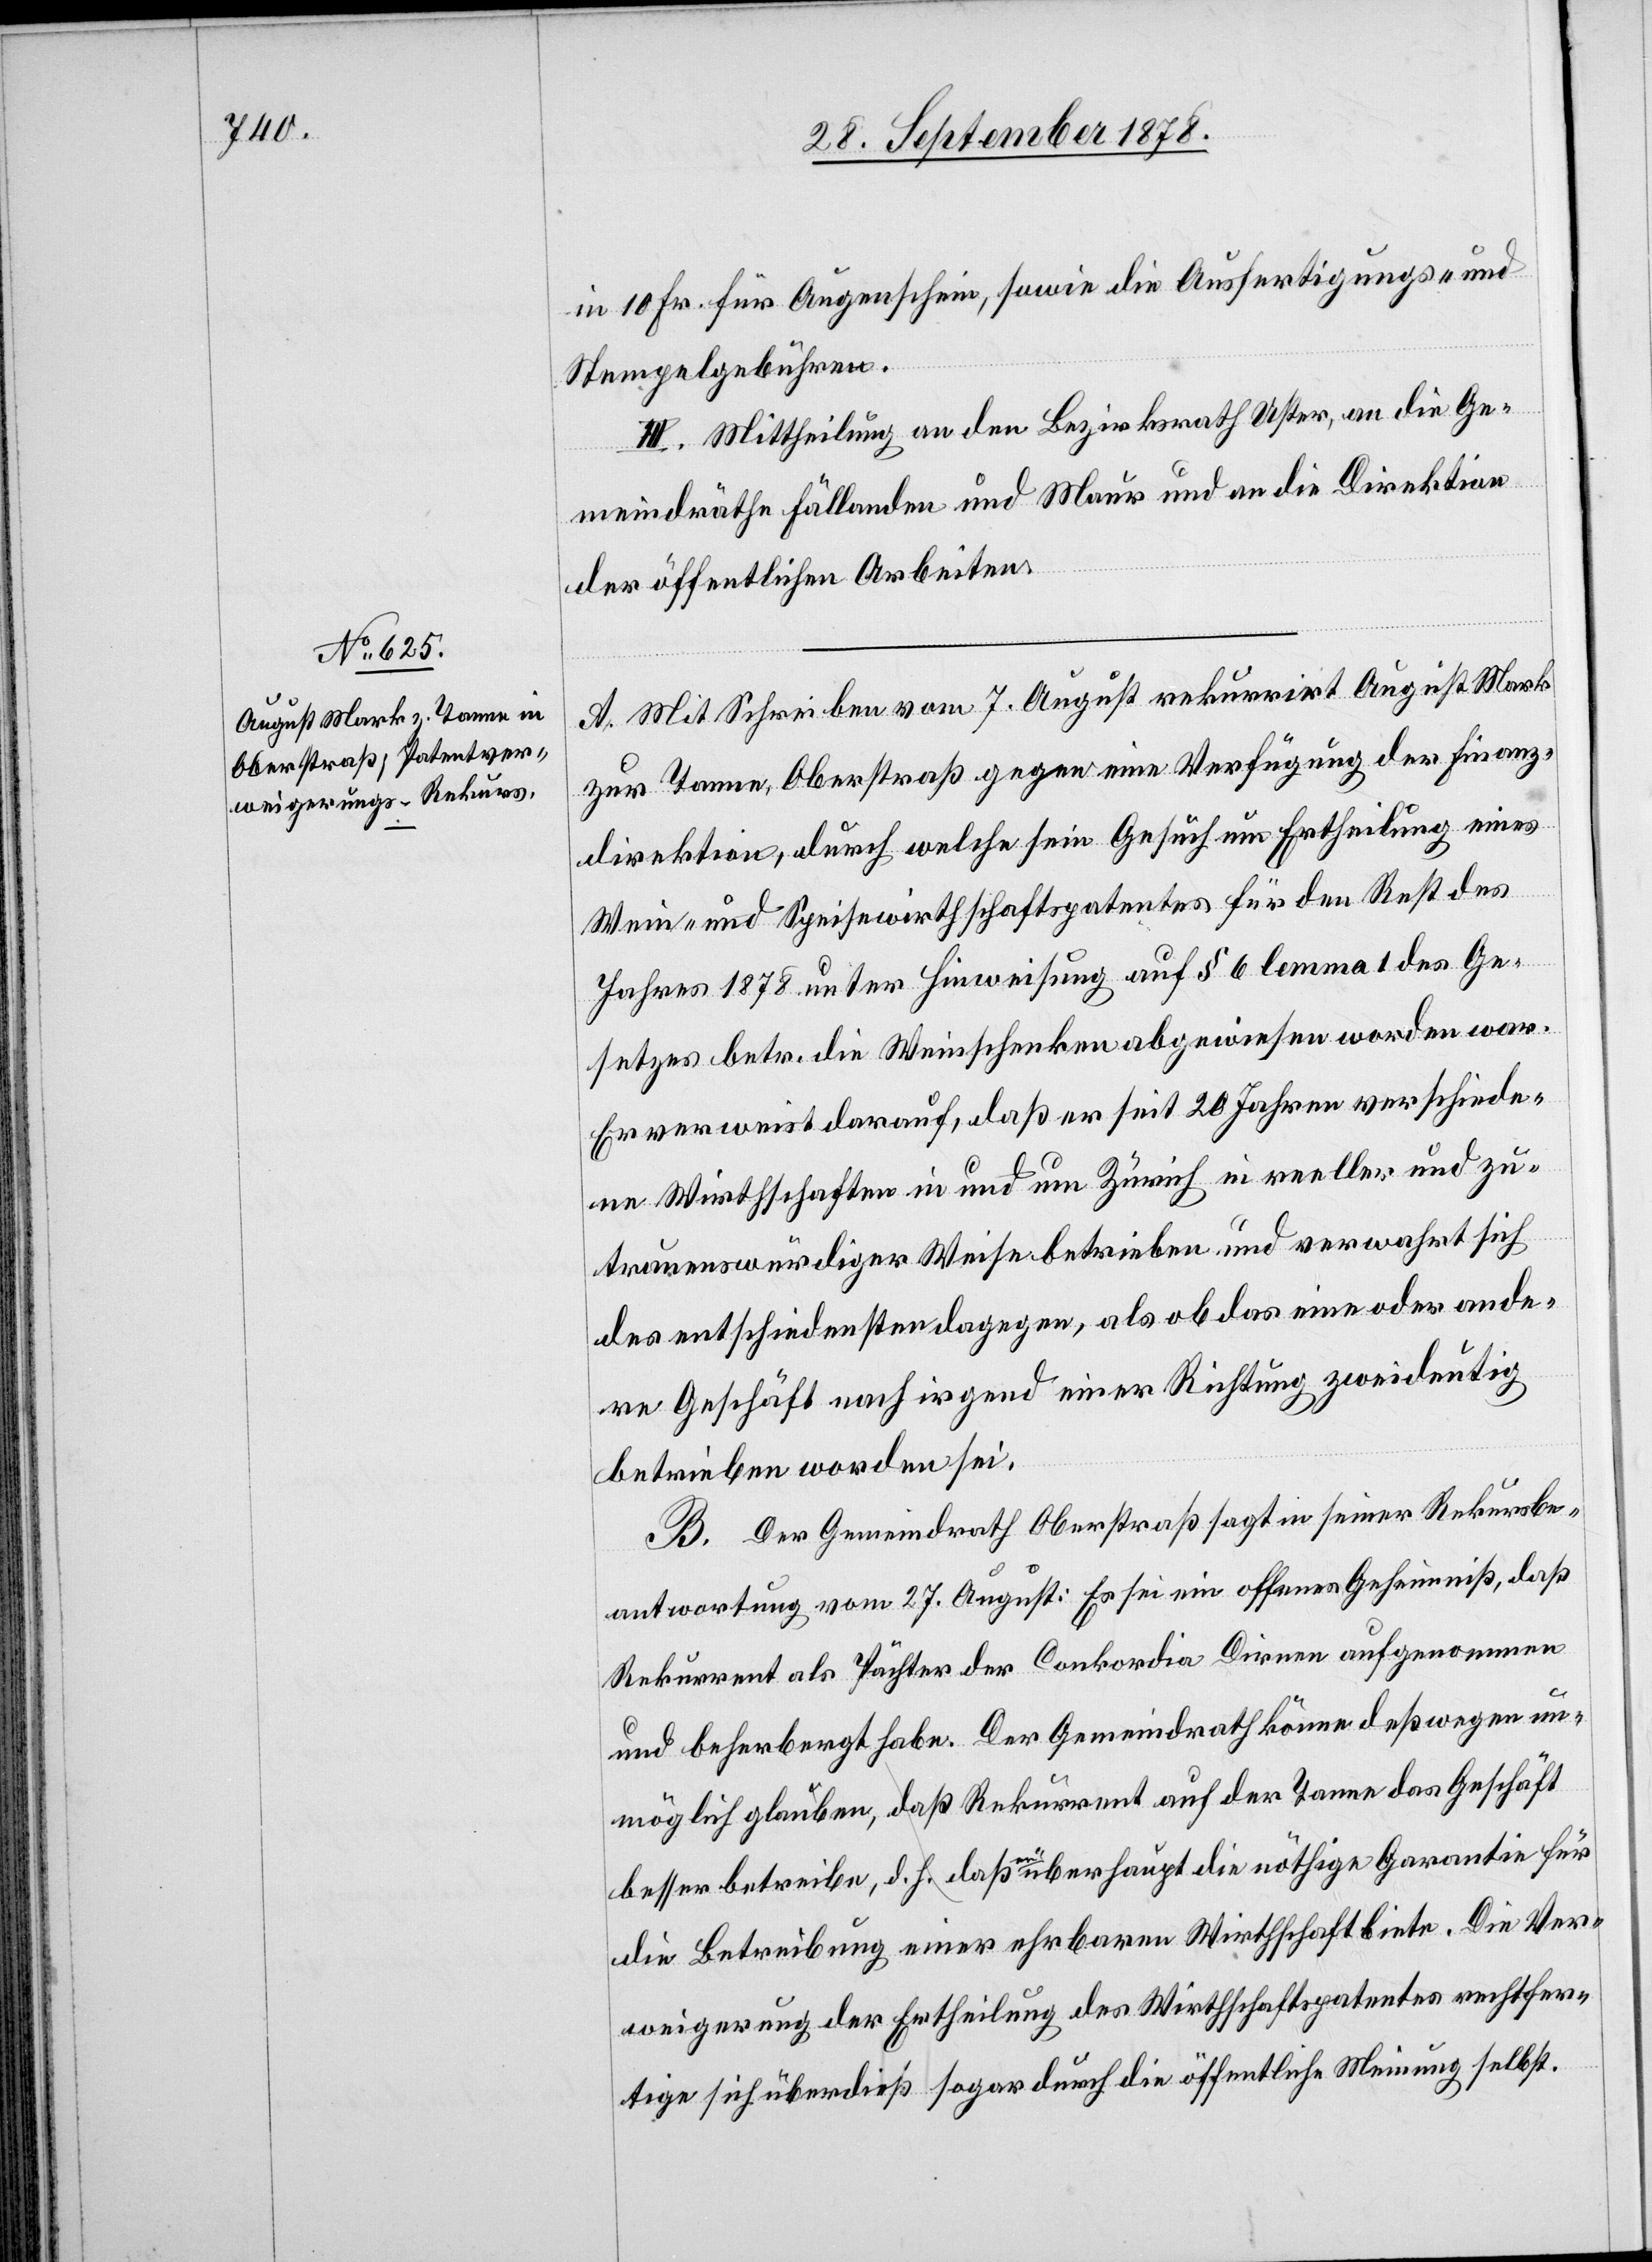
in 10 Fr. für Augenschein, sowie die Ausfertigungs- und
Stempelgebühren.
III. Mittheilung an den Bezirksrath Uster, an die Ge¬
meindräthe Fällanden und Maur und an die Direktion
der öffentlichen Arbeiten.
A. Mit Schreiben vom 7. August rekurrirt August Mark
zur Tanne, Oberstraß gegen eine Verfügung der Finanz¬
direktion, durch welche sein Gesuch um Ertheilung eines
Wein- und Speisewirthschaftspatentes für den Rest des
Jahres 1878 unter Hinweisung auf § 6 lemma 1 des Ge¬
setzes betr. die Weinschenken abgewiesen worden war.
Er verweist darauf, daß er seit 20 Jahren verschiede¬
ne Wirthschaften in und um Zürich in reeller und zu¬
trauenswürdiger Weise betrieben und verwahrt sich
des entschiedensten dagegen, als ob das eine oder ande¬
re Geschäft nach irgend einer Richtung zweideutig
betrieben worden sei.
B. Der Gemeindrath Oberstraß sagt in seiner Rekursbe¬
antwortung vom 27. August: Es sei ein offenes Geheimniß, daß
Rekurrent als Pächter der Conkordia Dirnen aufgenommen
und beherbergt habe. Der Gemeindrath könne deßwegen un¬
möglich glauben, daß Rekurrent auf der Tanne das Geschäft
besser betreibe, d. h. daß überhaupt die nöthige Garantie für
die Betreibung einer ehrbaren Wirthschaft biete. Die Ver¬
weigerung der Ertheilung des Wirthschaftspatentes rechtfer¬
tige sich überdieß sogar durch die öffentliche Meinung selbst.